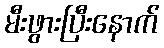
မီးဖွားပြီးနောက်